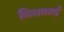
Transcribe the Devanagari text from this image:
लिलाताई